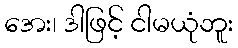
အေး၊ ဒါဖြင့် ငါမယုံဘူး